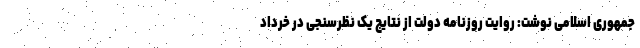
جمهوری اسلامی نوشت: روایت روزنامه دولت از نتایج یک نظرسنجی در خرداد